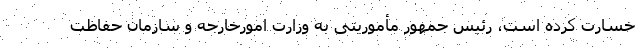
خسارت کرده است، رئیس جمهور مأموریتی به وزارت امورخارجه و سازمان حفاظت